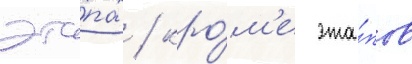
эта́пах / кро́м'е эта́пов